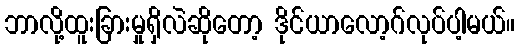
ဘာလို့ထူးခြားမှုရှိလဲဆိုတော့ ဒိုင်ယာလော့ဂ်လုပ်ပါ့မယ်။